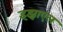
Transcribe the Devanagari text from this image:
इझ्राएल